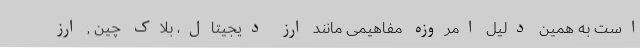
است به همین دلیل امروزه مفاهیمی مانند ارز دیجیتال، بلاک چین , ارز